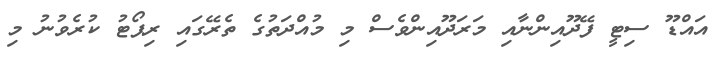
އައްޑޫ ސިޓީ ފޭދޫއިންނާއި މަރަދޫއިންވެސް މި މުއްދަތުގެ ތެރޭގައި ރިޕޯޓު ކުރެވުނު މި